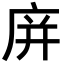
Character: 庰